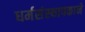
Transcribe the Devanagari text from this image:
धर्मसंस्थापकाने